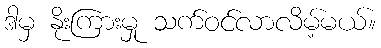
ဒါမှ နိုးကြားမှု သက်ဝင်လာလိမ့်မယ်။